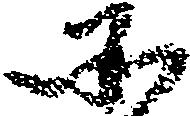
そ